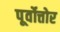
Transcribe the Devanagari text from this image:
पूर्वोत्तोर